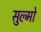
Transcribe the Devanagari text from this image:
सुल्मो